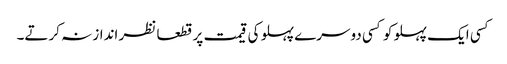
کسی ایک پہلو کو کسی دوسرے پہلو کی قیمت پر قطعا نظر انداز نہ کرتے۔